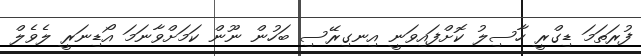
ފުރަތަމަ ޑިގްރީ ހާސިލު ކޮށްފައިވަނީ އިނގިރޭސި ބަހުން ނޫން ކަމަށްވާނަމަ އޯޑިނަރީ ލެވެލް